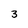
Character: 3